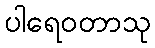
ပါရေဝတာသု